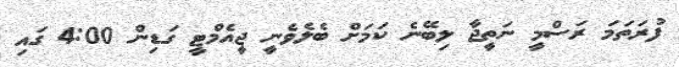
ފުރަތަމަ ރަސްމީ ނަތީޖާ ލިބޭނެ ކަމަށް ބެލެވެނީ ޖީއެމްޓީ ގަޑިން 4:00 ގައި